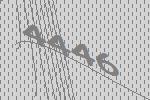
4446